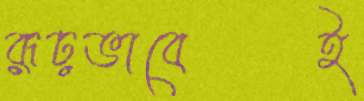
রূঢ়ভাবেই